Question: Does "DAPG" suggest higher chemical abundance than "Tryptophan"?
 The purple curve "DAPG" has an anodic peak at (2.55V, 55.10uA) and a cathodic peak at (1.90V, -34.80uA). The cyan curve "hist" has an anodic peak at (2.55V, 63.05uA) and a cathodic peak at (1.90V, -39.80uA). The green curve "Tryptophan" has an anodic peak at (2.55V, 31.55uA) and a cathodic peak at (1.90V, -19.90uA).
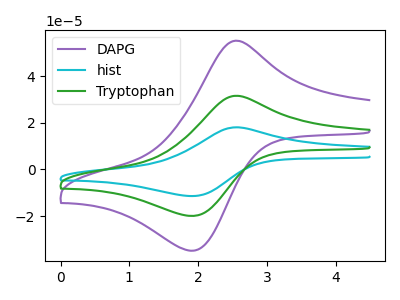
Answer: <think>All the peaks in "DAPG" have a peak in "Tryptophan" at the same potential. Every peak in "DAPG" is higher than every peak in "Tryptophan".
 </think>
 <answer>"DAPG" has more signal than "Tryptophan".</answer>
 <eval>more_signal</eval>